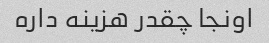
اونجا چقدر هزینه داره